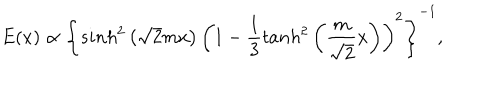
E ( x ) \propto \left\{ s i n h ^ { 2 } \left( \sqrt { 2 } m x \right) \left( 1 - \frac 1 3 t a n h ^ { 2 } \left( \frac { m } { \sqrt 2 } x \right) \right) ^ { 2 } \right\} ^ { - 1 } ,